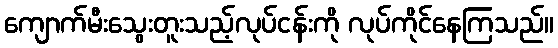
ကျောက်မီးသွေးတူးသည့်လုပ်ငန်းကို လုပ်ကိုင်နေကြသည်။